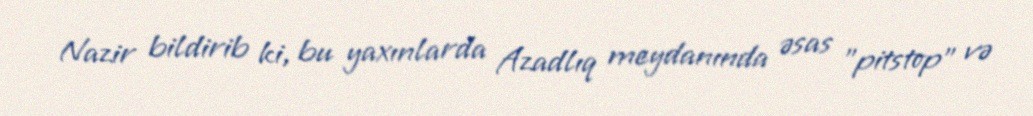
Nazir bildirib ki, bu yaxınlarda Azadlıq meydanında əsas "pitstop" və